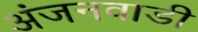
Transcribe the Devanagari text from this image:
अंजनवाडी